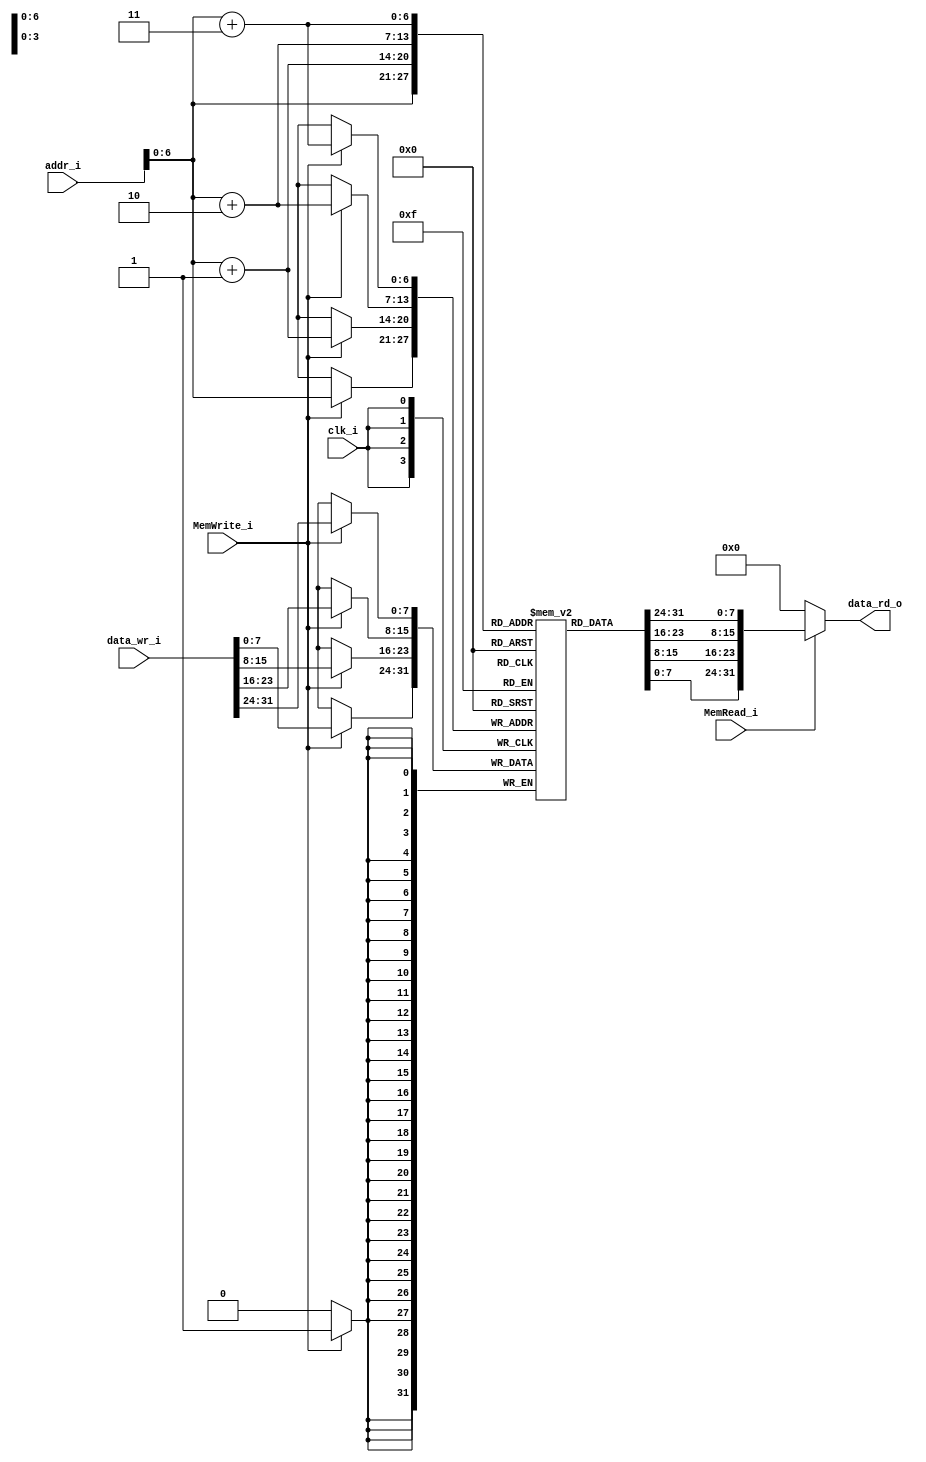
module Data_Memory
(
    clk_i,
    addr_i,
    data_wr_i,
    MemRead_i,
    MemWrite_i,
    data_rd_o
);
//*****************************************************************************
    // I/O Port Declaration
    input           clk_i;      // Clock input
    input  [32-1:0] addr_i;     // Memory address
    input  [32-1:0] data_wr_i;  // 32 bits memory write data
    input           MemRead_i;  // Memory write control signal
    input           MemWrite_i; // Memory write control signal
    output [32-1:0] data_rd_o;  // 32 bits memory read data

    // Global variable Declaration
    // System
    reg     [ 7:0] mem_block [0:127]; // Address: 0x00~0x80
    wire    [31:0] memory    [0: 31]; // For testbench to debug
    integer idx;   // index
    genvar  block; // block num

    // System conection
    // Component Initializations
    generate
        for(block = 0; block < 32; block = block + 1'b1)
        begin : MEM_mapping
            assign  memory[block] = {mem_block[3 + 4*block], mem_block[2 + 4*block], mem_block[1 + 4*block], mem_block[0 + 4*block]};
        end
    endgenerate
    // Output
    assign data_rd_o = (MemRead_i) ? {mem_block[addr_i+3], mem_block[addr_i+2], mem_block[addr_i+1], mem_block[addr_i]} : 32'd0;
//*****************************************************************************
// Initial : For testbench to debug
    initial begin
        for(idx = 0; idx < 128; idx = idx + 1'b1)
            mem_block[idx] = 8'd0;
    end
//*****************************************************************************
// Block : Memory write
    always@(posedge clk_i) begin
        if(MemWrite_i) begin
            mem_block[addr_i + 3] <= data_wr_i[31:24];
            mem_block[addr_i + 2] <= data_wr_i[23:16];
            mem_block[addr_i + 1] <= data_wr_i[15: 8];
            mem_block[addr_i    ] <= data_wr_i[ 7: 0];
        end
    end
//*****************************************************************************
endmodule